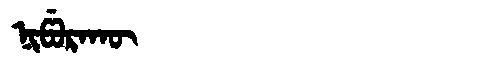
Manchu: ᠨᡳᡦᡠᡵᠠᡴᡡ
Romanization: NIPURAKŪ